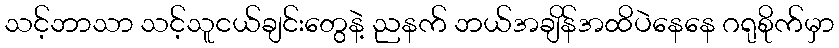
သင့်ဘာသာ သင့်သူငယ်ချင်းတွေနဲ့ ညနက် ဘယ်အချိန်အထိပဲနေနေ ဂရုစိုက်မှာ